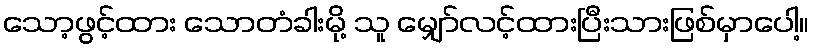
သော့ဖွင့်ထား သောတံခါးမို့ သူ မျှော်လင့်ထားပြီးသားဖြစ်မှာပေါ့။